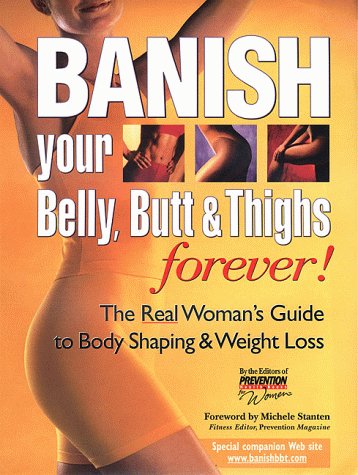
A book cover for Banish Your Belly, Butt and Thighs Forever!: The Real Woman's Guide to Body Shaping & Weight Loss; Prevention Health Books for Women; Health, Fitness & Dieting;